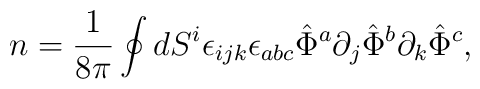
n=\frac{1}{8\pi}\oint dS^i\epsilon_{ijk}\epsilon_{abc}\hat{\Phi}^a\partial_j \hat{\Phi}^b \partial_k \hat{\Phi}^c ,